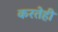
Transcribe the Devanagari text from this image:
करतेही